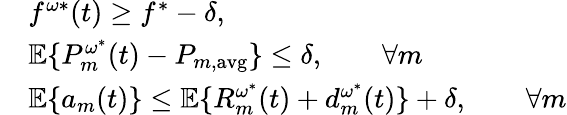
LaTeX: \begin{array}{rl}&{f^{\omega*}(t)\geq f^{*}-\delta,}\\ &{\mathbb{E}\{ P_{m}^{\omega^{*}}(t)-P_{m,\mathrm{avg}}\} \leq\delta,\qquad\forall m}\\ &{\mathbb{E}\{ a_{m}(t)\} \leq\mathbb{E}\{ R_{m}^{\omega^{*}}(t)+d_{m}^{\omega^{*}}(t)\} +\delta,\qquad\forall m}\end{array}